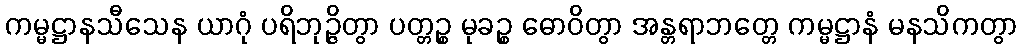
ကမ္မဋ္ဌာနသီသေန ယာဂုံ ပရိဘုဉ္ဇိတွာ ပတ္တဉ္စ မုခဉ္စ ဓောဝိတွာ အန္တရာဘတ္တေ ကမ္မဋ္ဌာနံ မနသိကတွာ